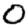
Digit: 0